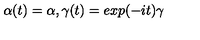
\alpha ( t ) = \alpha , \gamma ( t ) = e x p ( - i t ) \gamma